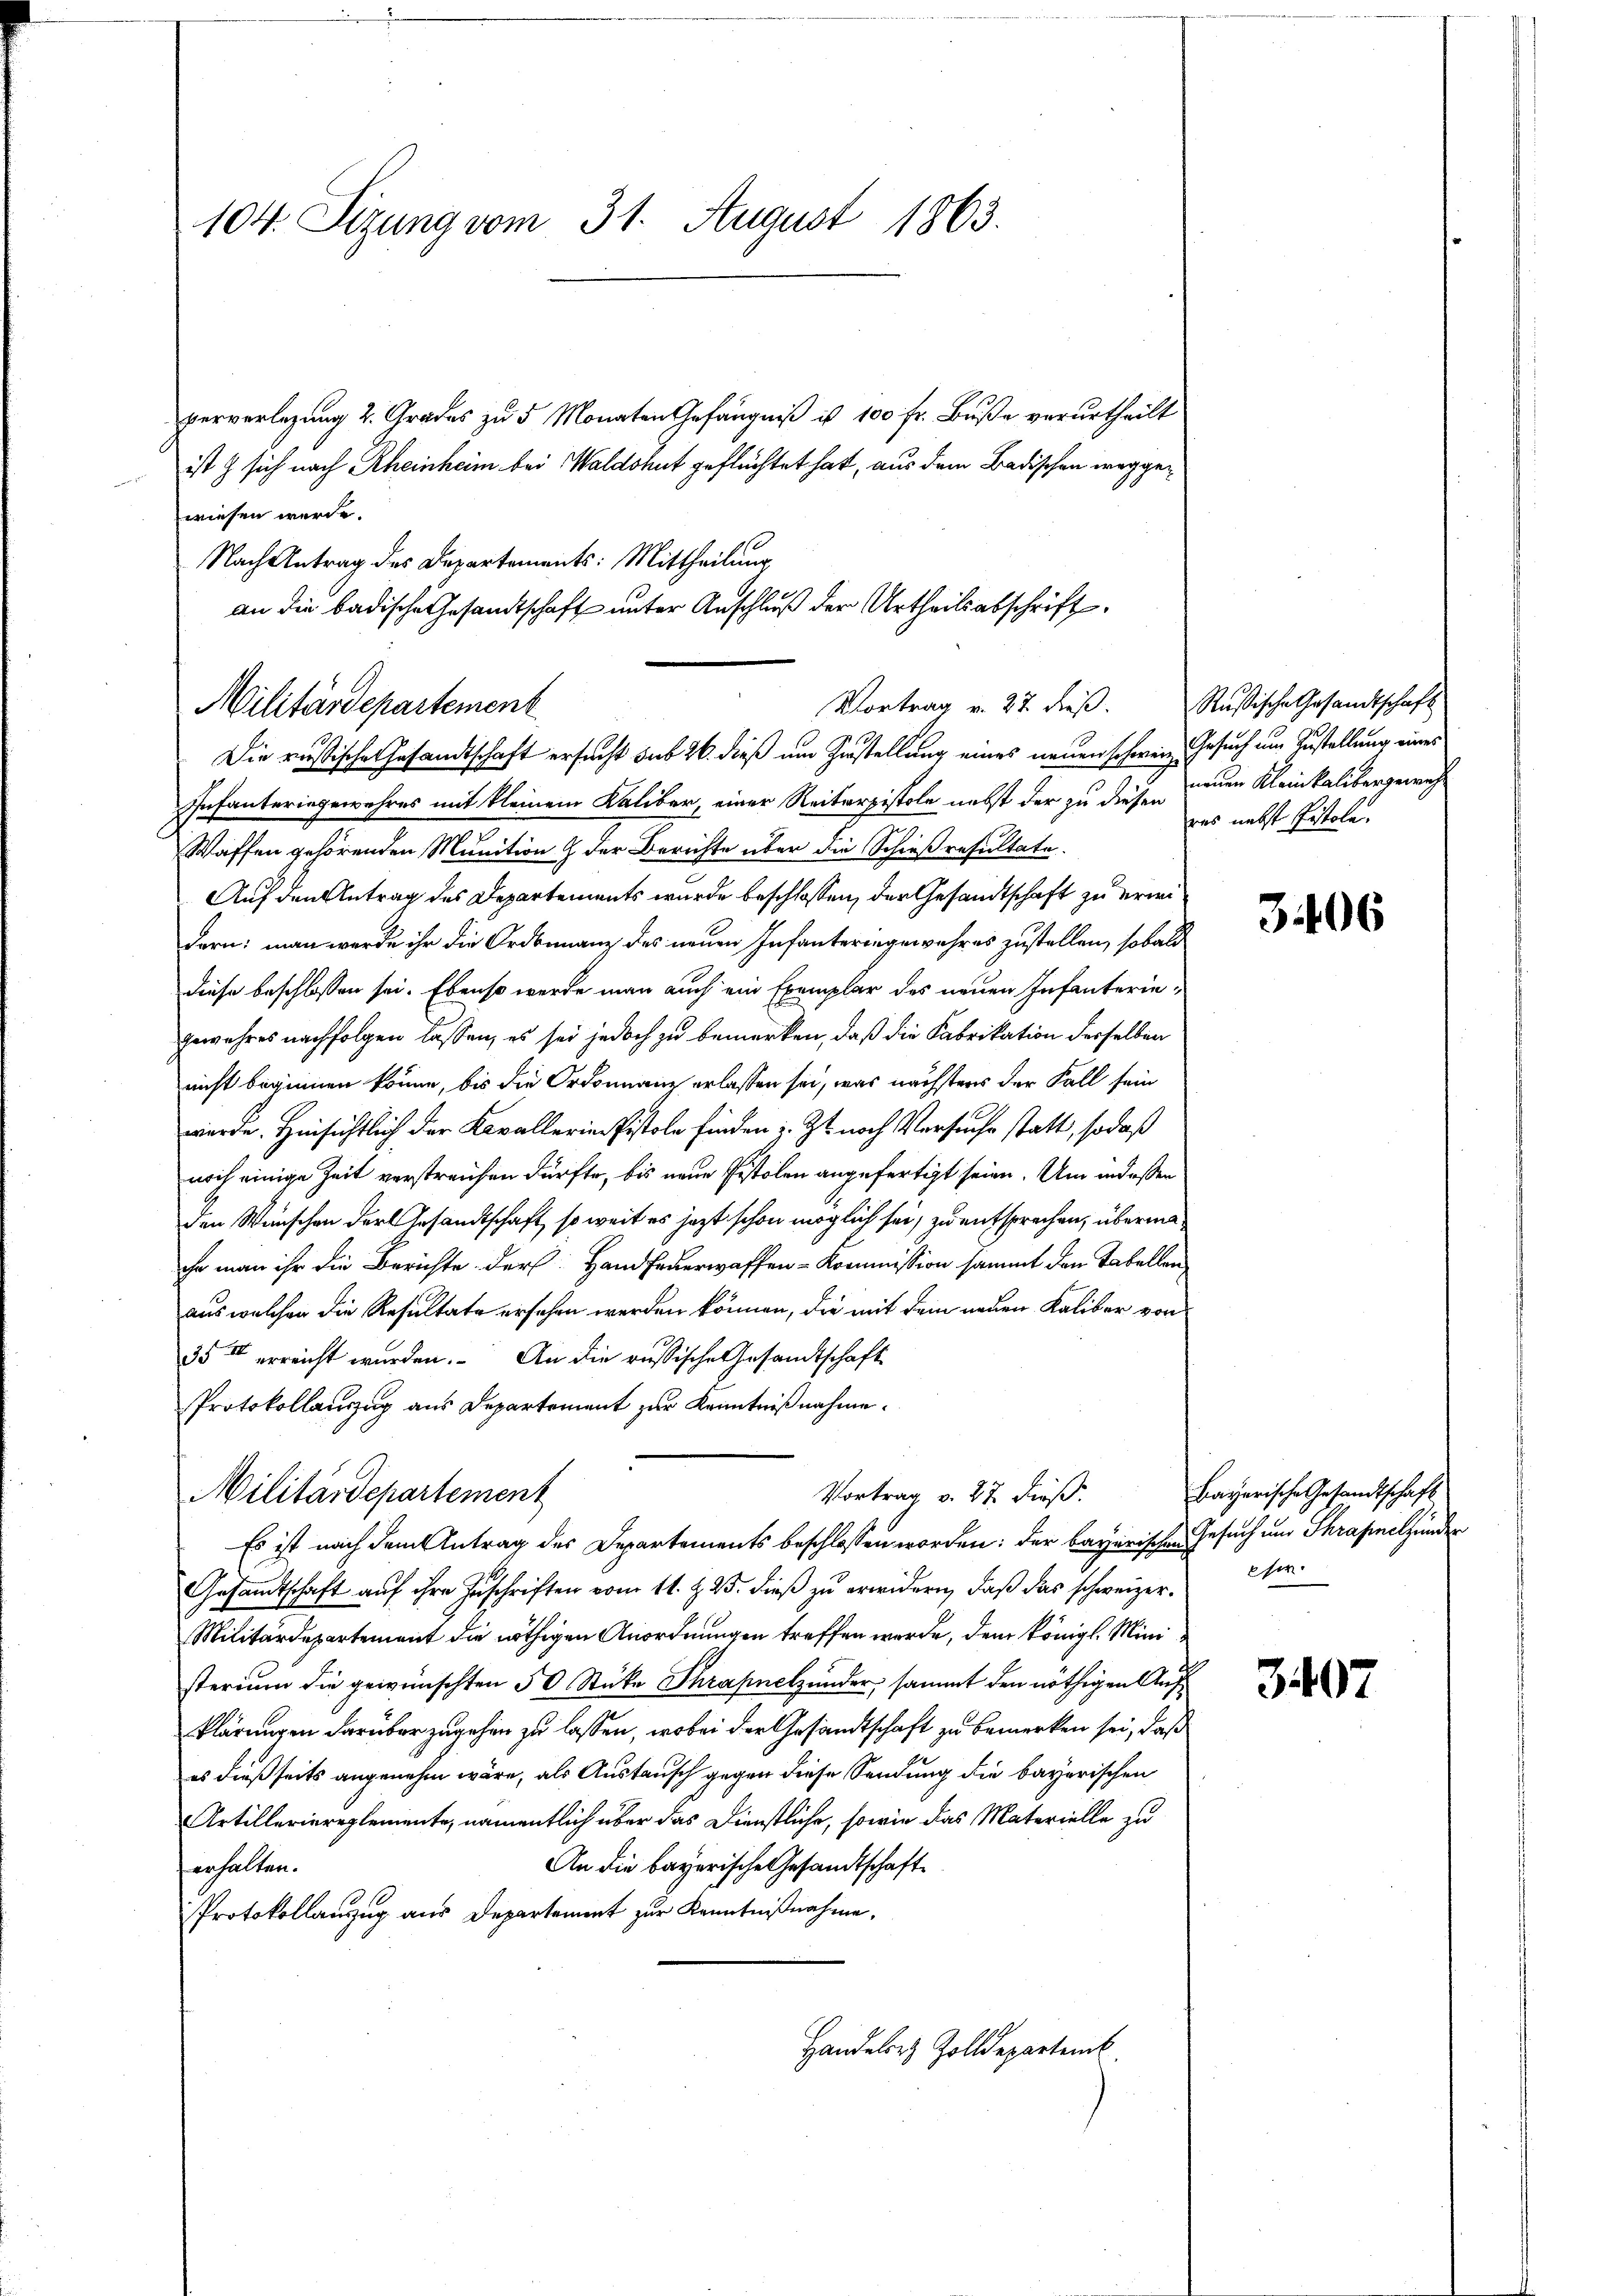
104. Sizung vom 31. August 1863.

perverlegung 2. Grades zu 5 Monaten Gefängniß ist 100 fr. Buße verurtheilt
ist & sich nach Rheinheim bei Waldshut geflüchtet hat, aus dem Badischen weggewiesen werde.
Nach Antrag des Departements: Mittheilung
Die russische Gesandtschaft ersucht sub 26. dieß um Zustellung eines neuen schweiz. Gesuch um Zustellung eines
Infanteringewehres mit kleinem Kaliber, einer Reiterpistole nebst der zu diesen neuen Kleinkalibergewich¬
Waffen gehörenden Munition & der Berichte über die Schießresultate.
Auf den Antrag des Departements wurde beschlossen, der Gesandtschaft zu erweidern; man werde ihr die Ordinanz des neuen Infanteringewahres zustellen, sobald
diese beschlossen sei. Ebenso werde man auch ein Exemplar des neuen Infanterie-
gewahres nachfolgen lassen, es sei jedoch zu bemerken, daß die Fabrikation derselben
nicht beginnen könne, bis die Ordonnanz erlassen sei, was nächsters der Fall sein
werde. Hinsichtlich der Kavallerie Pistole finden : Ist nach Versuche statt, sodaß
noch einige Zeit verstreichen dürfte, bis neue Pistolen angefertigt seien. Um indeßen
den Wünschen der Gesandtschaft, so weit es jetzt schon möglich sei, zu entsprechen, übermaihr man ihr die Berichte der Hand feuerwaffen-Kommission sammt dem Tabellen
aus welchen die Resultate ersehen werden können, die mit dem neuen Kaliber von
35 erreicht wurden. An die russische Gesandtschaft
Protokollauszug aus Departement zur Kenntnißnahme.
Militärdepartement
Vortrag v. 27 dieß.
Es ist nach dem Antrag des Departements beschlossen worden: der bayerischen Gesuch und Schrapnetzenden
Gesandtschaft auf ihre Zuschriften vom 11. Z. 25. dieß zu erwidern, daß das schweizer¬
Militärdepartement die nöthigen Anordnungen treffen werde, dem Königl. Ministerium die gewünschten 50 Stüke Thrapnelzunder, sammt den nöthigen Aufklärungen darüber zugehen zu lassen, wobei der Gesandtschaft zu bemerken sei, daß
es dießseits angenehm wäre, als Austausch gegen diese Sendung die bayerischen
Artilleriereglemente, namentlich über das Dienstliche, sowie das Materielle zu
An die bayerische Gesandtschaft
erhalten.
Protokollanzug aus Departement zur Kenntnißnahme.
Handeler Zolldepartenk

Militärdepartement

an die badische Gesandtschaft unter Anschluß der Urtheils abschrift
Vortrag v. 27. dieβ. Rußische Gesandtschaft

was nebst Pistole.

3406

bayerische Gesandtschaft
eser

3407